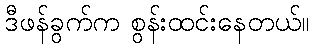
ဒီဖန်ခွက်က စွန်းထင်းနေတယ်။